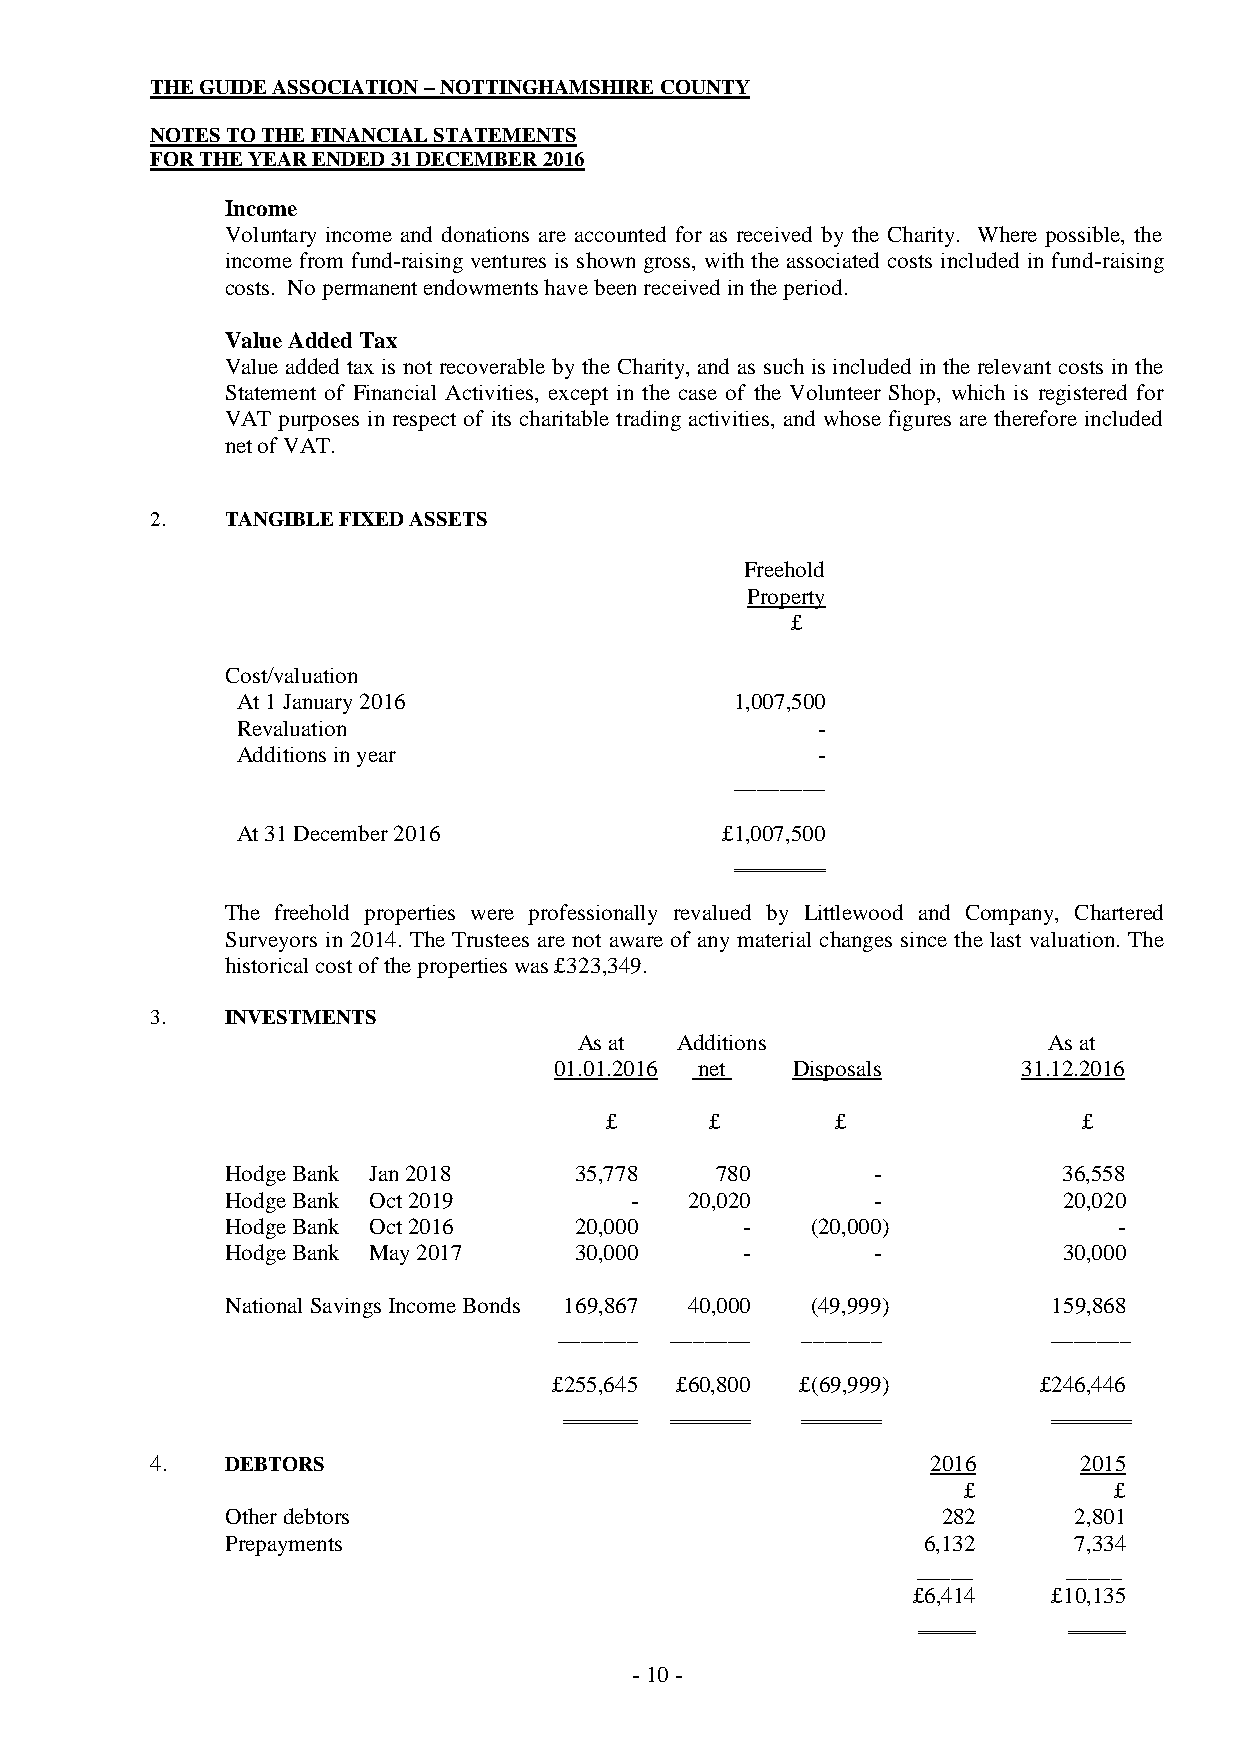
THE GUIDE ASSOCIATION – NOTTINGHAMSHIRE COUNTY
 NOTES TO THE FINANCIAL STATEMENTS
 FOR THE YEAR ENDED 31 DECEMBER 2016
 Income
 Voluntary income and donations are accounted for as received by the Charity. Where possible, the
 income from fund-raising ventures is shown gross, with the associated costs included in fund-raising
 costs. No permanent endowments have been received in the period.
 Value Added Tax
 Value added tax is not recoverable by the Charity, and as such is included in the relevant costs in the
 Statement of Financial Activities, except in the case of the Volunteer Shop, which is registered for
 VAT purposes in respect of its charitable trading activities, and whose figures are therefore included
 net of VAT.
 2.   TANGIBLE FIXED ASSETS
 Freehold
 Property
 £
 Cost/valuation
 At 1 January 2016                1,007,500
 Revaluation                           -
 Additions in year                     -
 ________
 At 31 December 2016             £1,007,500
 The freehold properties were professionally revalued by Littlewood and Company, Chartered
 Surveyors in 2014. The Trustees are not aware of any material changes since the last valuation. The
 historical cost of the properties was £323,349.
 3.   INVESTMENTS
 As at  Additions               As at
 01.01.2016 net Disposals       31.12.2016
 £      £       £                £
 Hodge Bank Jan 2018    35,778   780        -           36,558
 Hodge Bank Oct 2019        -   20,020      -           20,020
 Hodge Bank Oct 2016    20,000     -    (20,000)            -
 Hodge Bank May 2017    30,000     -        -           30,000
 National Savings Income Bonds 169,867 40,000 (49,999)  159,868
 _______ _______ _______          _______
 £255,645 £60,800 £(69,999)      £246,446
 4.   DEBTORS                                        2016     2015
 £         £
 Other debtors                                  282      2,801
 Prepayments                                   6,132     7,334
 _____     _____
 £6,414    £10,135
 - 10 -